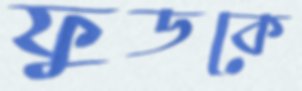
ফুডকে